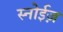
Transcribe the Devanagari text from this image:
स्नोईज़